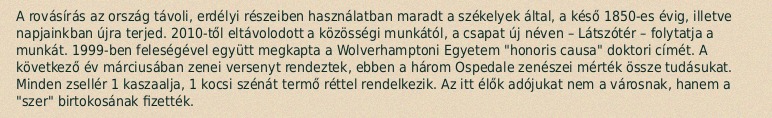
A rovásírás az ország távoli, erdélyi részeiben használatban maradt a székelyek által, a késő 1850-es évig, illetve napjainkban újra terjed. 2010-től eltávolodott a közösségi munkától, a csapat új néven – Látszótér – folytatja a munkát. 1999-ben feleségével együtt megkapta a Wolverhamptoni Egyetem "honoris causa" doktori címét. A következő év márciusában zenei versenyt rendeztek, ebben a három Ospedale zenészei mérték össze tudásukat. Minden zsellér 1 kaszaalja, 1 kocsi szénát termő réttel rendelkezik. Az itt élők adójukat nem a városnak, hanem a "szer" birtokosának fizették.